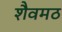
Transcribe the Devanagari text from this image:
शैवमठ